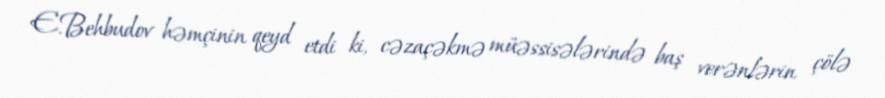
E.Behbudov həmçinin qeyd etdi ki, cəzaçəkmə müəssisələrində baş verənlərin çölə